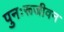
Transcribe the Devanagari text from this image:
पुनःरूजीवन